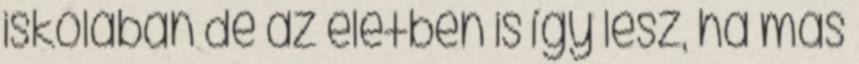
iskolában de az életben is így lesz, ha más